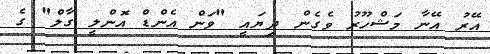
އޭރު އޭނާ މަޝްހޫރު ވެގެން ދިޔައީ "ވަން އެންޑް އޮންލީ ގާލް" ގެ